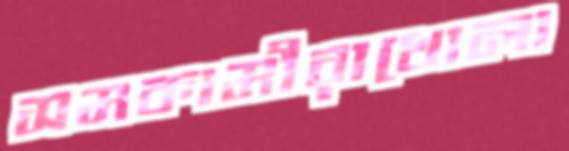
সমকামীরাখোলা